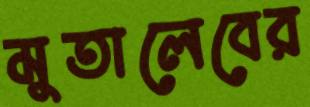
মুতালেবের